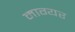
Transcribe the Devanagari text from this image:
माग्यर